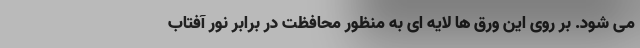
می شود. بر روی این ورق ها لایه ای به منظور محافظت در برابر نور آفتاب